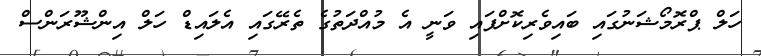
ހަލް ޕްރޮމޯޝަނުގައި ބައިވެރިކޮށްފައި ވަނީ އެ މުއްދަތުގެ ތެރޭގައި އެލައިޑް ހަލް އިންޝޫރަންސް